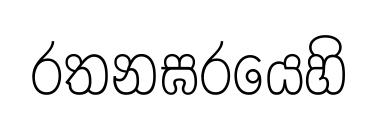
රතනඝරයෙහි